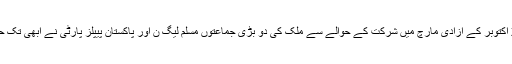
جے یو آئی کے 27 اکتوبر کے آزادی مارچ میں شرکت کے حوالے سے ملک کی دو بڑی جماعتوں مسلم لیگ ن اور پاکستان پیپلز پارٹی نے ابھی تک حتمی فیصلہ نہیں کیا۔